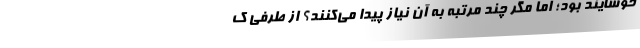
خوشایند بود؛ اما مگر چند مرتبه به آن نیاز پیدا می‌کنند؟ از طرفی ک